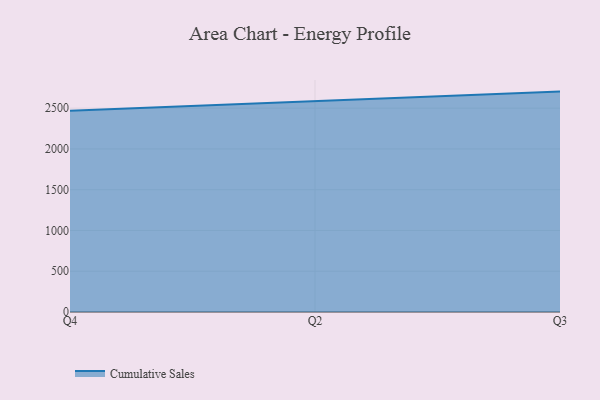
{"axis": {"x": "Quarter", "y": "Operating Costs (USD K)"}, "legend": ["Cumulative Sales"], "data": [{"x": "Q4", "y": 2469.0, "type": "Cumulative Sales"}, {"x": "Q2", "y": 2587.3, "type": "Cumulative Sales"}, {"x": "Q3", "y": 2703.2, "type": "Cumulative Sales"}]}